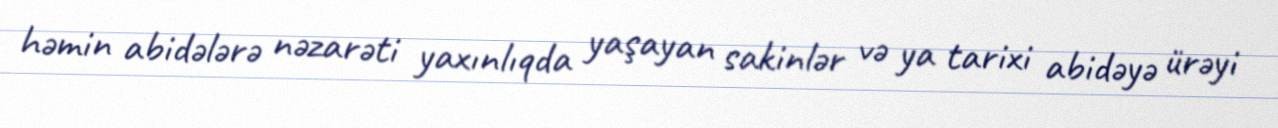
həmin abidələrə nəzarəti yaxınlıqda yaşayan sakinlər və ya tarixi abidəyə ürəyi